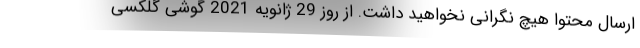
ارسال محتوا هیچ نگرانی نخواهید داشت. از روز 29 ژانویه 2021 گوشی گلکسی